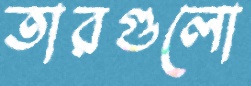
তারগুলো